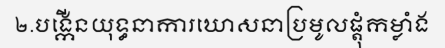
២.បង្កើនយុទ្ធនាការឃោសនាប្រមូលផ្តុំកម្លាំង